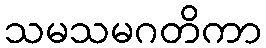
သမသမဂတိကာ